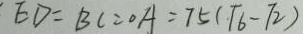
E D = B C = O A = 7 5 ( \sqrt { 6 } - \sqrt { 2 } )